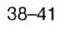
38-41